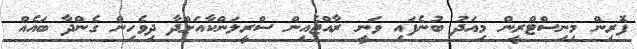
ފޮރިން މިނިސްޓްރީން މިއަދު ބުނެފައި ވަނީ ރާއްޖެއިން ސްރީލަންކާއަށްދާ ދިވެހިން ގެންދާ ބައެއް